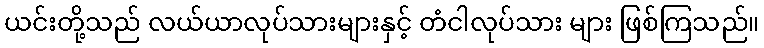
ယင်းတို့သည် လယ်ယာလုပ်သားများနှင့် တံငါလုပ်သား များ ဖြစ်ကြသည်။